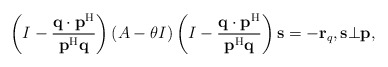
\begin{align*}\left(I-\frac{{\bf q}\cdot{\bf p}^{\rm H}}{{\bf p}^{\rm H}{\bf q}}\right)(A-\theta I)\left(I-\frac{{\bf q}\cdot{\bf p}^{\rm H}}{{\bf p}^{\rm H}{\bf q}}\right){\bf s}=-{\bf r}_q,{\bf s}\bot{\bf p},\end{align*}